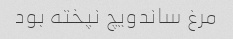
مرغ ساندویچ نپخته بود